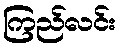
ကြည်လင်း